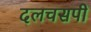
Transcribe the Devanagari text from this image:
दलचसपी